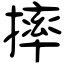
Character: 摔